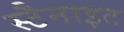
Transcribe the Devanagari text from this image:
स्टैनाइट